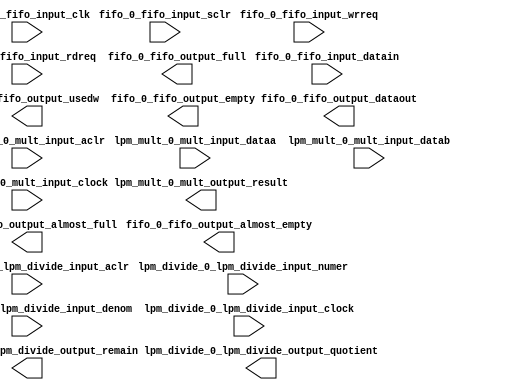
module for_sim (
		input  wire [7:0]  fifo_0_fifo_input_datain,                //              fifo_0_fifo_input.datain
		input  wire        fifo_0_fifo_input_wrreq,                 //                               .wrreq
		input  wire        fifo_0_fifo_input_rdreq,                 //                               .rdreq
		input  wire        fifo_0_fifo_input_clk,                   //                               .clk
		input  wire        fifo_0_fifo_input_sclr,                  //                               .sclr
		output wire [7:0]  fifo_0_fifo_output_dataout,              //             fifo_0_fifo_output.dataout
		output wire [10:0] fifo_0_fifo_output_usedw,                //                               .usedw
		output wire        fifo_0_fifo_output_full,                 //                               .full
		output wire        fifo_0_fifo_output_empty,                //                               .empty
		output wire        fifo_0_fifo_output_almost_full,          //                               .almost_full
		output wire        fifo_0_fifo_output_almost_empty,         //                               .almost_empty
		input  wire [15:0] lpm_divide_0_lpm_divide_input_numer,     //  lpm_divide_0_lpm_divide_input.numer
		input  wire [7:0]  lpm_divide_0_lpm_divide_input_denom,     //                               .denom
		input  wire        lpm_divide_0_lpm_divide_input_clock,     //                               .clock
		input  wire        lpm_divide_0_lpm_divide_input_aclr,      //                               .aclr
		output wire [15:0] lpm_divide_0_lpm_divide_output_quotient, // lpm_divide_0_lpm_divide_output.quotient
		output wire [7:0]  lpm_divide_0_lpm_divide_output_remain,   //                               .remain
		input  wire [7:0]  lpm_mult_0_mult_input_dataa,             //          lpm_mult_0_mult_input.dataa
		input  wire [7:0]  lpm_mult_0_mult_input_datab,             //                               .datab
		input  wire        lpm_mult_0_mult_input_clock,             //                               .clock
		input  wire        lpm_mult_0_mult_input_aclr,              //                               .aclr
		output wire [15:0] lpm_mult_0_mult_output_result            //         lpm_mult_0_mult_output.result
	);
endmodule